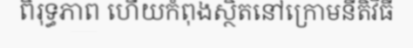
ពិរុទ្ធភាព ហើយកំពុងស្ថិតនៅក្រោមនីតិវិធី